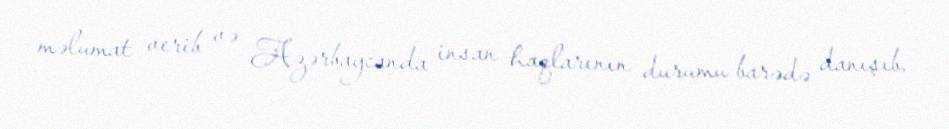
məlumat verib və Azərbaycanda insan haqlarının durumu barədə danışıb.